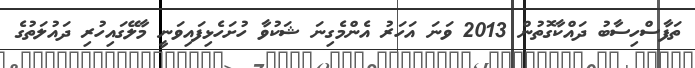
ތަފާސްހިސާބު ދައްކާގޮތުން 2013 ވަނަ އަހަރު އެންމެގިނަ ޝަކުވާ ހުށަހެޅިފައިވަނީ މާލޭގައިހުރި ދައުލަތުގެ